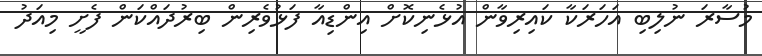
މުސާރަ ނުލިބި އަހަރަކާ ކައިރިވާން އުޅެނިކޮށް އިންޑިއާ ފަޅުވެރިން ބިރުދައްކަން ފެށީ މިއަދު